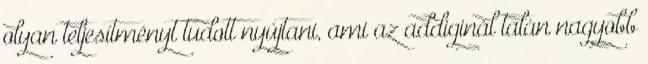
olyan teljesítményt tudott nyújtani, ami az addiginál talán nagyobb